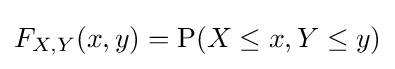
F_{X,Y}(x,y)=\operatorname {P} (X\leq x,Y\leq y)